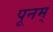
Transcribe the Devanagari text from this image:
पूनम्